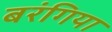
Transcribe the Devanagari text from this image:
बरंगिया